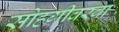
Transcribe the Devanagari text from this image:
सोहगीवरवा